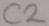
Text: C2